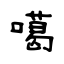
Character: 噶